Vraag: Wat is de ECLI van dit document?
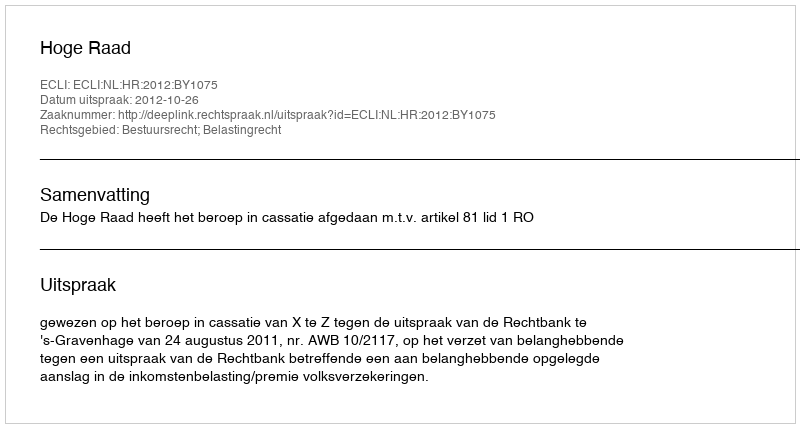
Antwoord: ECLI:NL:HR:2012:BY1075